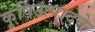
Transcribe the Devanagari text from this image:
कृषिउत्पादने